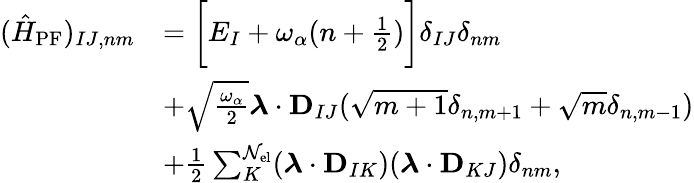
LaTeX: \begin{array}{rl}{(\hat{H}_{\mathrm{PF}})_{IJ,nm}}&{=\bigg[E_{I}+\omega_{\alpha}(n+\frac{1}{2})\bigg]\delta_{IJ}\delta_{nm}}\\ &{+\sqrt{\frac{\omega_{\alpha}}{2}}\boldsymbol{\lambda}\cdot\mathbf{D}_{IJ}(\sqrt{m+1}\delta_{n,m+1}+\sqrt{m}\delta_{n,m-1})}\\ &{+\frac{1}{2}\sum_{K}^{\mathcal{N}_{\mathrm{el}}}(\boldsymbol{\lambda}\cdot\mathbf{D}_{IK})(\boldsymbol{\lambda}\cdot\mathbf{D}_{KJ})\delta_{nm},}\end{array}